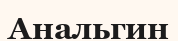
Анальгин